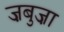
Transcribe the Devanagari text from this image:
ज़बुज़ा